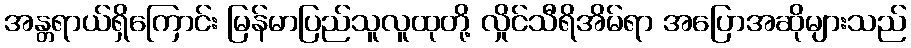
အန္တရာယ်ရှိကြောင်း မြန်မာပြည်သူလူထုတို့ လှိုင်သီရိအိမ်ရာ အပြောအဆိုများသည်